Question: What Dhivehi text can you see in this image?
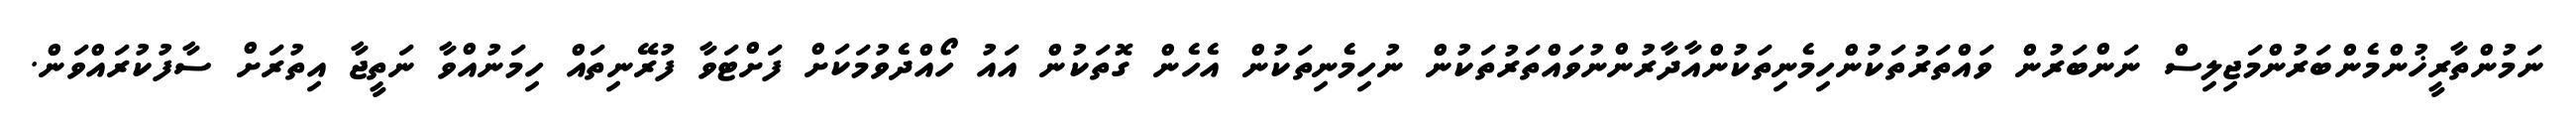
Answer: ނަމުންތާރީޚުންމެންބަރުންމަޖިލިސް ނަންބަރުން ވައްތަރުތަކުންހިމެނިތަކުންއާދާރުންނުވައްތަރުތަކުން ނުހިމެނިތަކުން އެހެން ގޮތަކުން އައު ހޯއްދެވުމަކަށް ފަށްޓަވާ ފުރޭނިތައް ހިމަނުއްވާ ނަތީޖާ އިތުރަށް ސާފުކުރައްވަން.